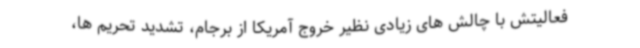
فعالیتش با چالش های زیادی نظیر خروج آمریکا از برجام، تشدید تحریم ها،